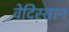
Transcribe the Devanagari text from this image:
वेदिस्तान